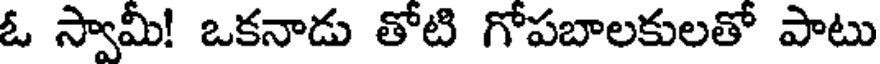
ఓ స్వామీ! ఒకనాడు తోటి గోపబాలకులతో పాటు